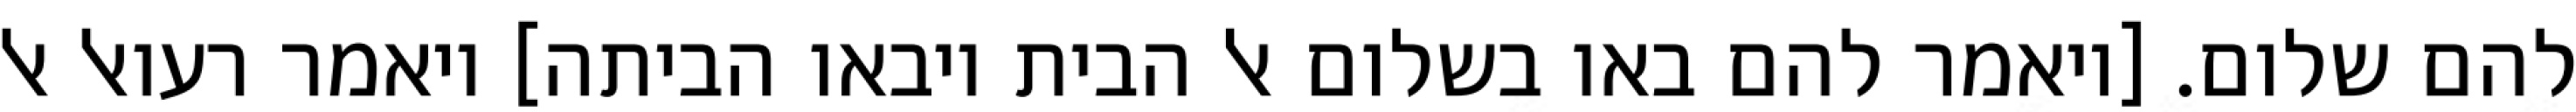
להם שלום. [ויאמר להם באו בשלום אל הבית ויבאו הביתה] ויאמר רעואל אל